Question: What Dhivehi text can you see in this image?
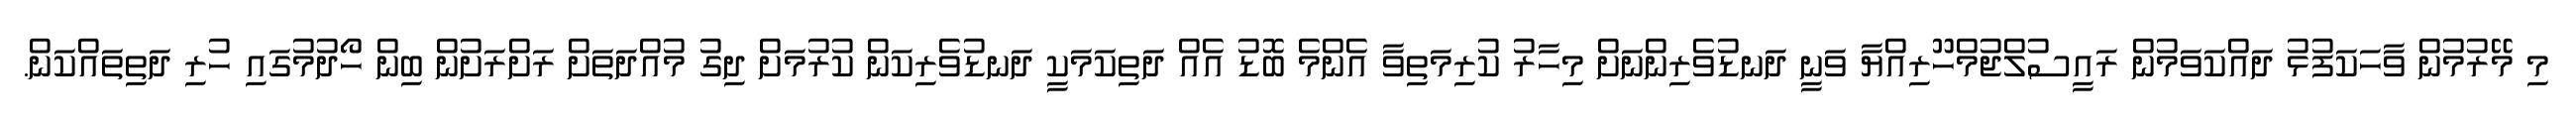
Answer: މި މޭރުމުން ވާހަކަފުޅު ދައްކަވަމުން ރައީސުލްޖުމްހޫރިއްޔާ ވަނީ ދަނޑުވެރިންނަށް މިހާރު ކުރިމަތިވާ އެންމެ ބޮޑު އެއް ދަތިކަމަކީ ދަނޑުވެރިކަން ކުރުމަށް ދިގު މުއްދަތަށް ރަށްރަށުން ބިން ހޯދުމުގައި ހުރި ދަތިތައްކަން.